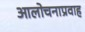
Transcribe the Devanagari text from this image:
आलोचनाप्रवाह